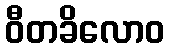
ဝီတခိလောဝ